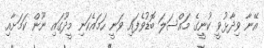
އޭނާ ވިދާޅުވީ ކުނީގެ މައްސަލަ ބޮޑުވެފައި ވަނީ ހަމައެކަނި މީދޫގައި ނޫން ކަމަށާއި